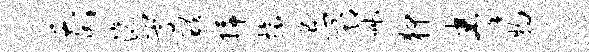
前滴嵩醴插旅忌期咄狎拳物